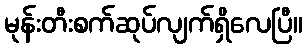
မုန်းတီးစက်ဆုပ်လျက်ရှိလေပြီ။